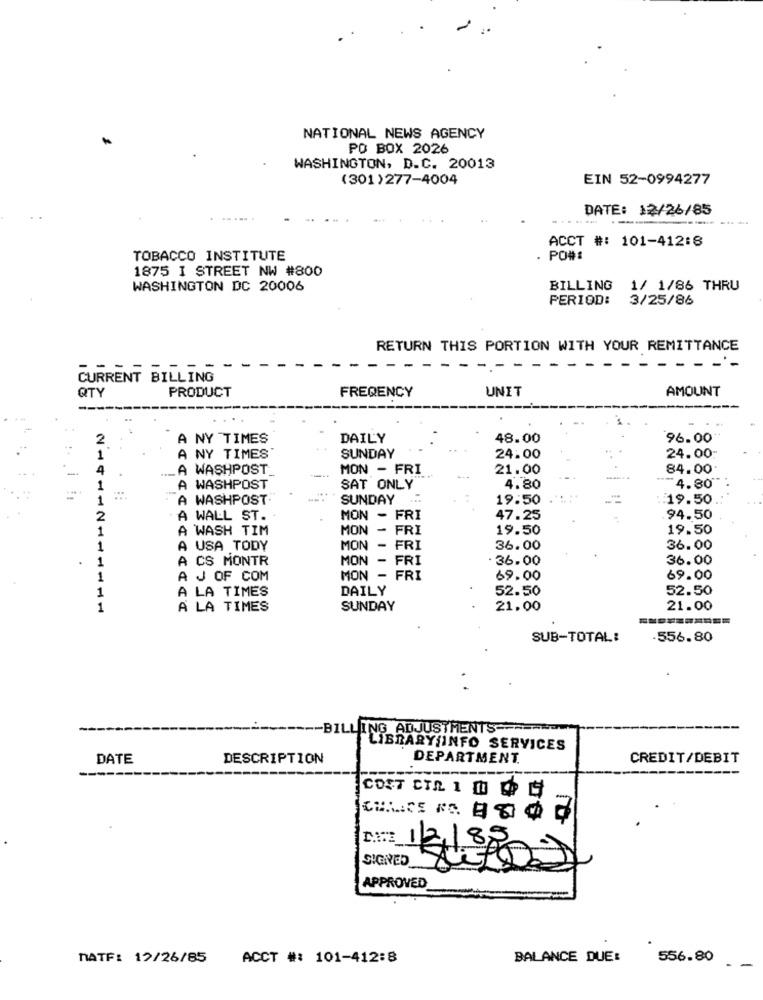
NATIONAL NEWS AGENCY
PO BOX 2026
WASHINGTON, D.C. 20013
(301)277-4004
EIN 52-0994277
DATE: 12/26/85
..... .
ACCT #: 101-412:8
TOBACCO INSTITUTE
PO#
1875 I STREET NW #800
WASHINGTON DC 20006
BILLING
1/ 1/86 THRU
PERIOD:
3/25/86
RETURN THIS PORTION WITH YOUR REMITTANCE
CURRENT BILLING
FREQENCY
UNIT
AMOUNT
QTY
PRODUCT
2
A NY TIMES
DAILY
48.00
96.00
24.00
1
A NY TIMES
SUNDAY
24.00
4
A WASHPOST
MON - FRI
21.00
84.00
1
A WASHPOST
SAT ONLY
4.80
4.80"
-
1
A WASHPOST:
SUNDAY
19.50
:: 19.50
2
A WALL ST.
MON - FRI
47.25
.94.50
1
A WASH TIM
MON - FRI
19.50
19.50
1
A USA TODY
MON - FRI
36.00
36.00
1
A CS MONTR
MON - FRI
36.00
36.00
1
A J OF COM
MON -
FRI
69.00
69.00
1
A LA TIMES
DAILY
52.50
52.50
1
A LA TIMES
SUNDAY
21.00
21.00
SUB-TOTAL:
.556.80
-- BILLING ADJUSTMENTS ====
LIBRARY INFO SERVICES
DATE
DESCRIPTION
DEPARTMENT.
CREDIT/DEBIT
COST CTA 1 0 44
na: 1/2/88
SIGNED_
APPROVED
MATF: 12/26/85
ACCT #: 101-412:8
BALANCE DUE:
556.80
-